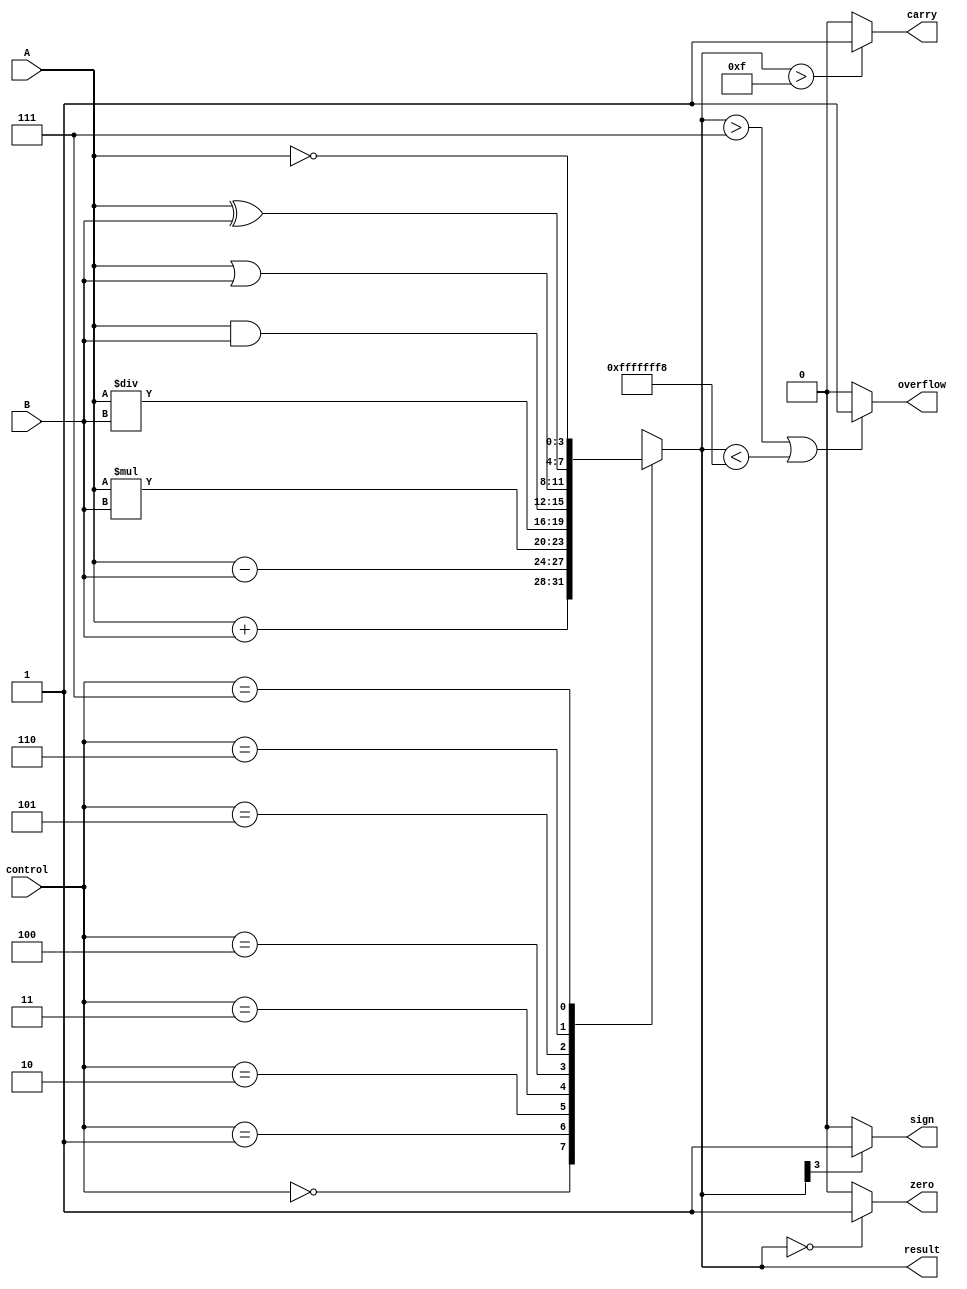
module ALU_4bit (
    input [3:0] A,
    input [3:0] B,
    input [2:0] control,
    output [3:0] result,
    output carry,
    output overflow,
    output zero,
    output sign
);

reg [3:0] temp_result;
reg carry, overflow, zero, sign;

always @ (*)
begin
    case (control)
        3'b000 : temp_result = A + B; // Addition
        3'b001 : temp_result = A - B; // Subtraction
        3'b010 : temp_result = A * B; // Multiplication
        3'b011 : temp_result = A / B; // Division
        3'b100 : temp_result = A & B; // AND
        3'b101 : temp_result = A | B; // OR
        3'b110 : temp_result = A ^ B; // XOR
        3'b111 : temp_result = ~A;    // NOT
    endcase
end

assign result = temp_result;
assign carry = (temp_result > 15) ? 1'b1 : 1'b0;
assign overflow = (temp_result > 7 || temp_result < -8) ? 1'b1 : 1'b0;
assign zero = (temp_result == 0) ? 1'b1 : 1'b0;
assign sign = (temp_result[3] == 1) ? 1'b1 : 1'b0;

endmodule